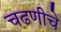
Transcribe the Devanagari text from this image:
चढणीचे